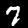
Digit: 7